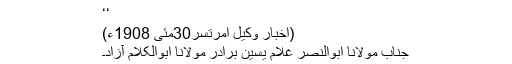
‘‘
(اخبار وکیل امرتسر30مئی 1908ء)
جناب مولانا ابوالنصر غلام یٰسین برادر مولانا ابوالکلام آزاد۔